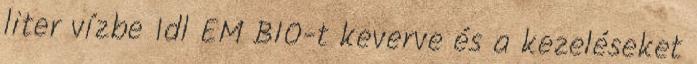
liter vízbe 1dl EM BIO-t keverve és a kezeléseket